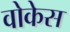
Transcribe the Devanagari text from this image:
वोकेस